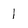
Character: l